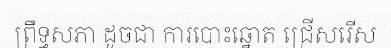
ព្រឹទ្ធសភា ដូចជា ការបោះឆ្នោត ជ្រើសរើស